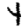
Digit: 4